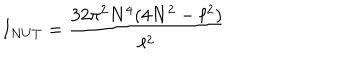
I _ { N U T } = \frac { 3 2 \pi ^ { 2 } N ^ { 4 } ( 4 N ^ { 2 } - \ell ^ { 2 } ) } { \ell ^ { 2 } }